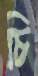
চি